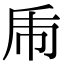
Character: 𢁺